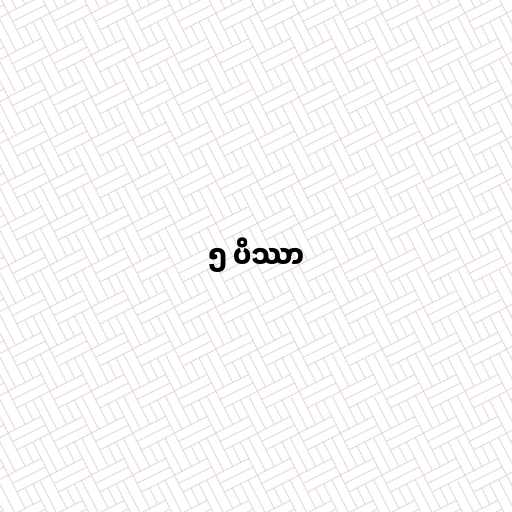
၅ ပိဿာ